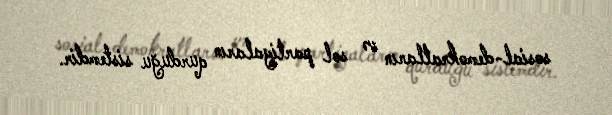
sosial-demokratların və sol partiyaların qurduğu sistemdir.